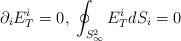
LaTeX: \begin{align*}\partial_i E^i_T = 0, \; \oint _{S^2_{\infty}} E^i_T dS_i = 0\end{align*}